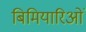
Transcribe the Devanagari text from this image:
बिमियारिओं